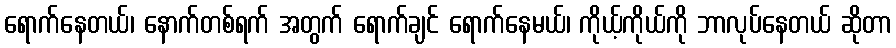
ရောက်နေတယ်၊ နောက်တစ်ရက် အတွက် ရောက်ချင် ရောက်နေမယ်၊ ကိုယ့်ကိုယ်ကို ဘာလုပ်နေတယ် ဆိုတာ